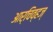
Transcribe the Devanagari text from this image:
आर्चिव्हज्